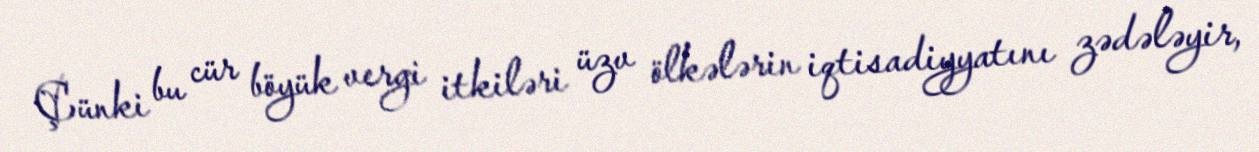
Çünki bu cür böyük vergi itkiləri üzv ölkələrin iqtisadiyyatını zədələyir,